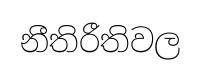
නීතිරීතිවල